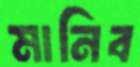
মানিব